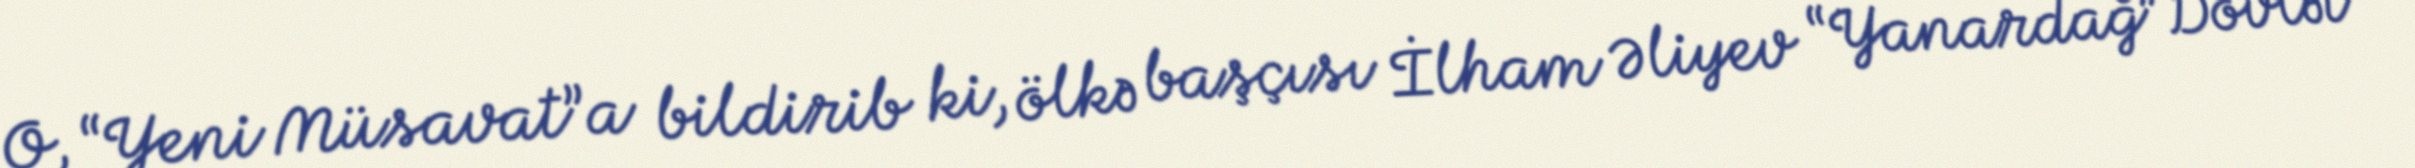
O, “Yeni Müsavat”a bildirib ki, ölkə başçısı İlham Əliyev “Yanardağ” Dövlət